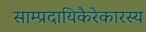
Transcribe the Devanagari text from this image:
साम्प्रदायिकैरेकारस्य